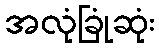
အလုံခြုံဆုံး